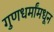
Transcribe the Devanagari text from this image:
गुणधर्मांमधून